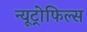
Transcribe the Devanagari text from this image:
न्यूट्रोफिल्स